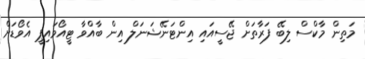
މަތިން މާކްސް ލިބޭ ފަރާތަށް ޖޭސީއައި އިންޓަނޭޝަނަލް އިން ބާއްވާ ޓީއޯވައިޕީ އެވޯޑަށް